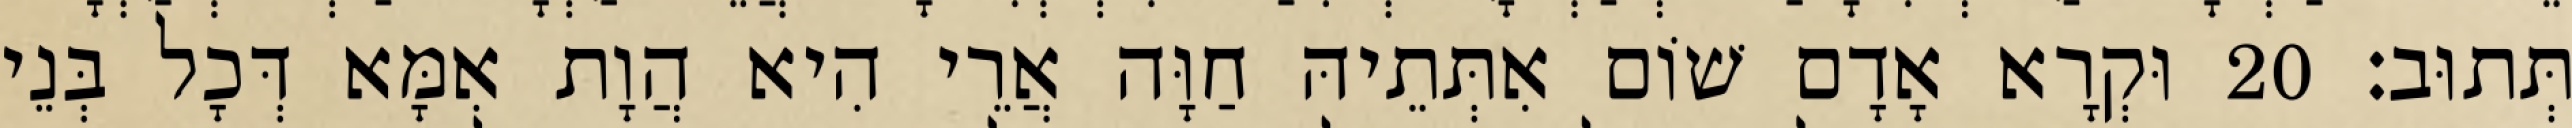
תְּתוּב׃ 20 וּקְרָא אָדָם שׁוֹם אִתְּתֵיהּ חַוָּה אֲרֵי הִיא הֲוָת אִמָּא דְּכָל בְּנֵי